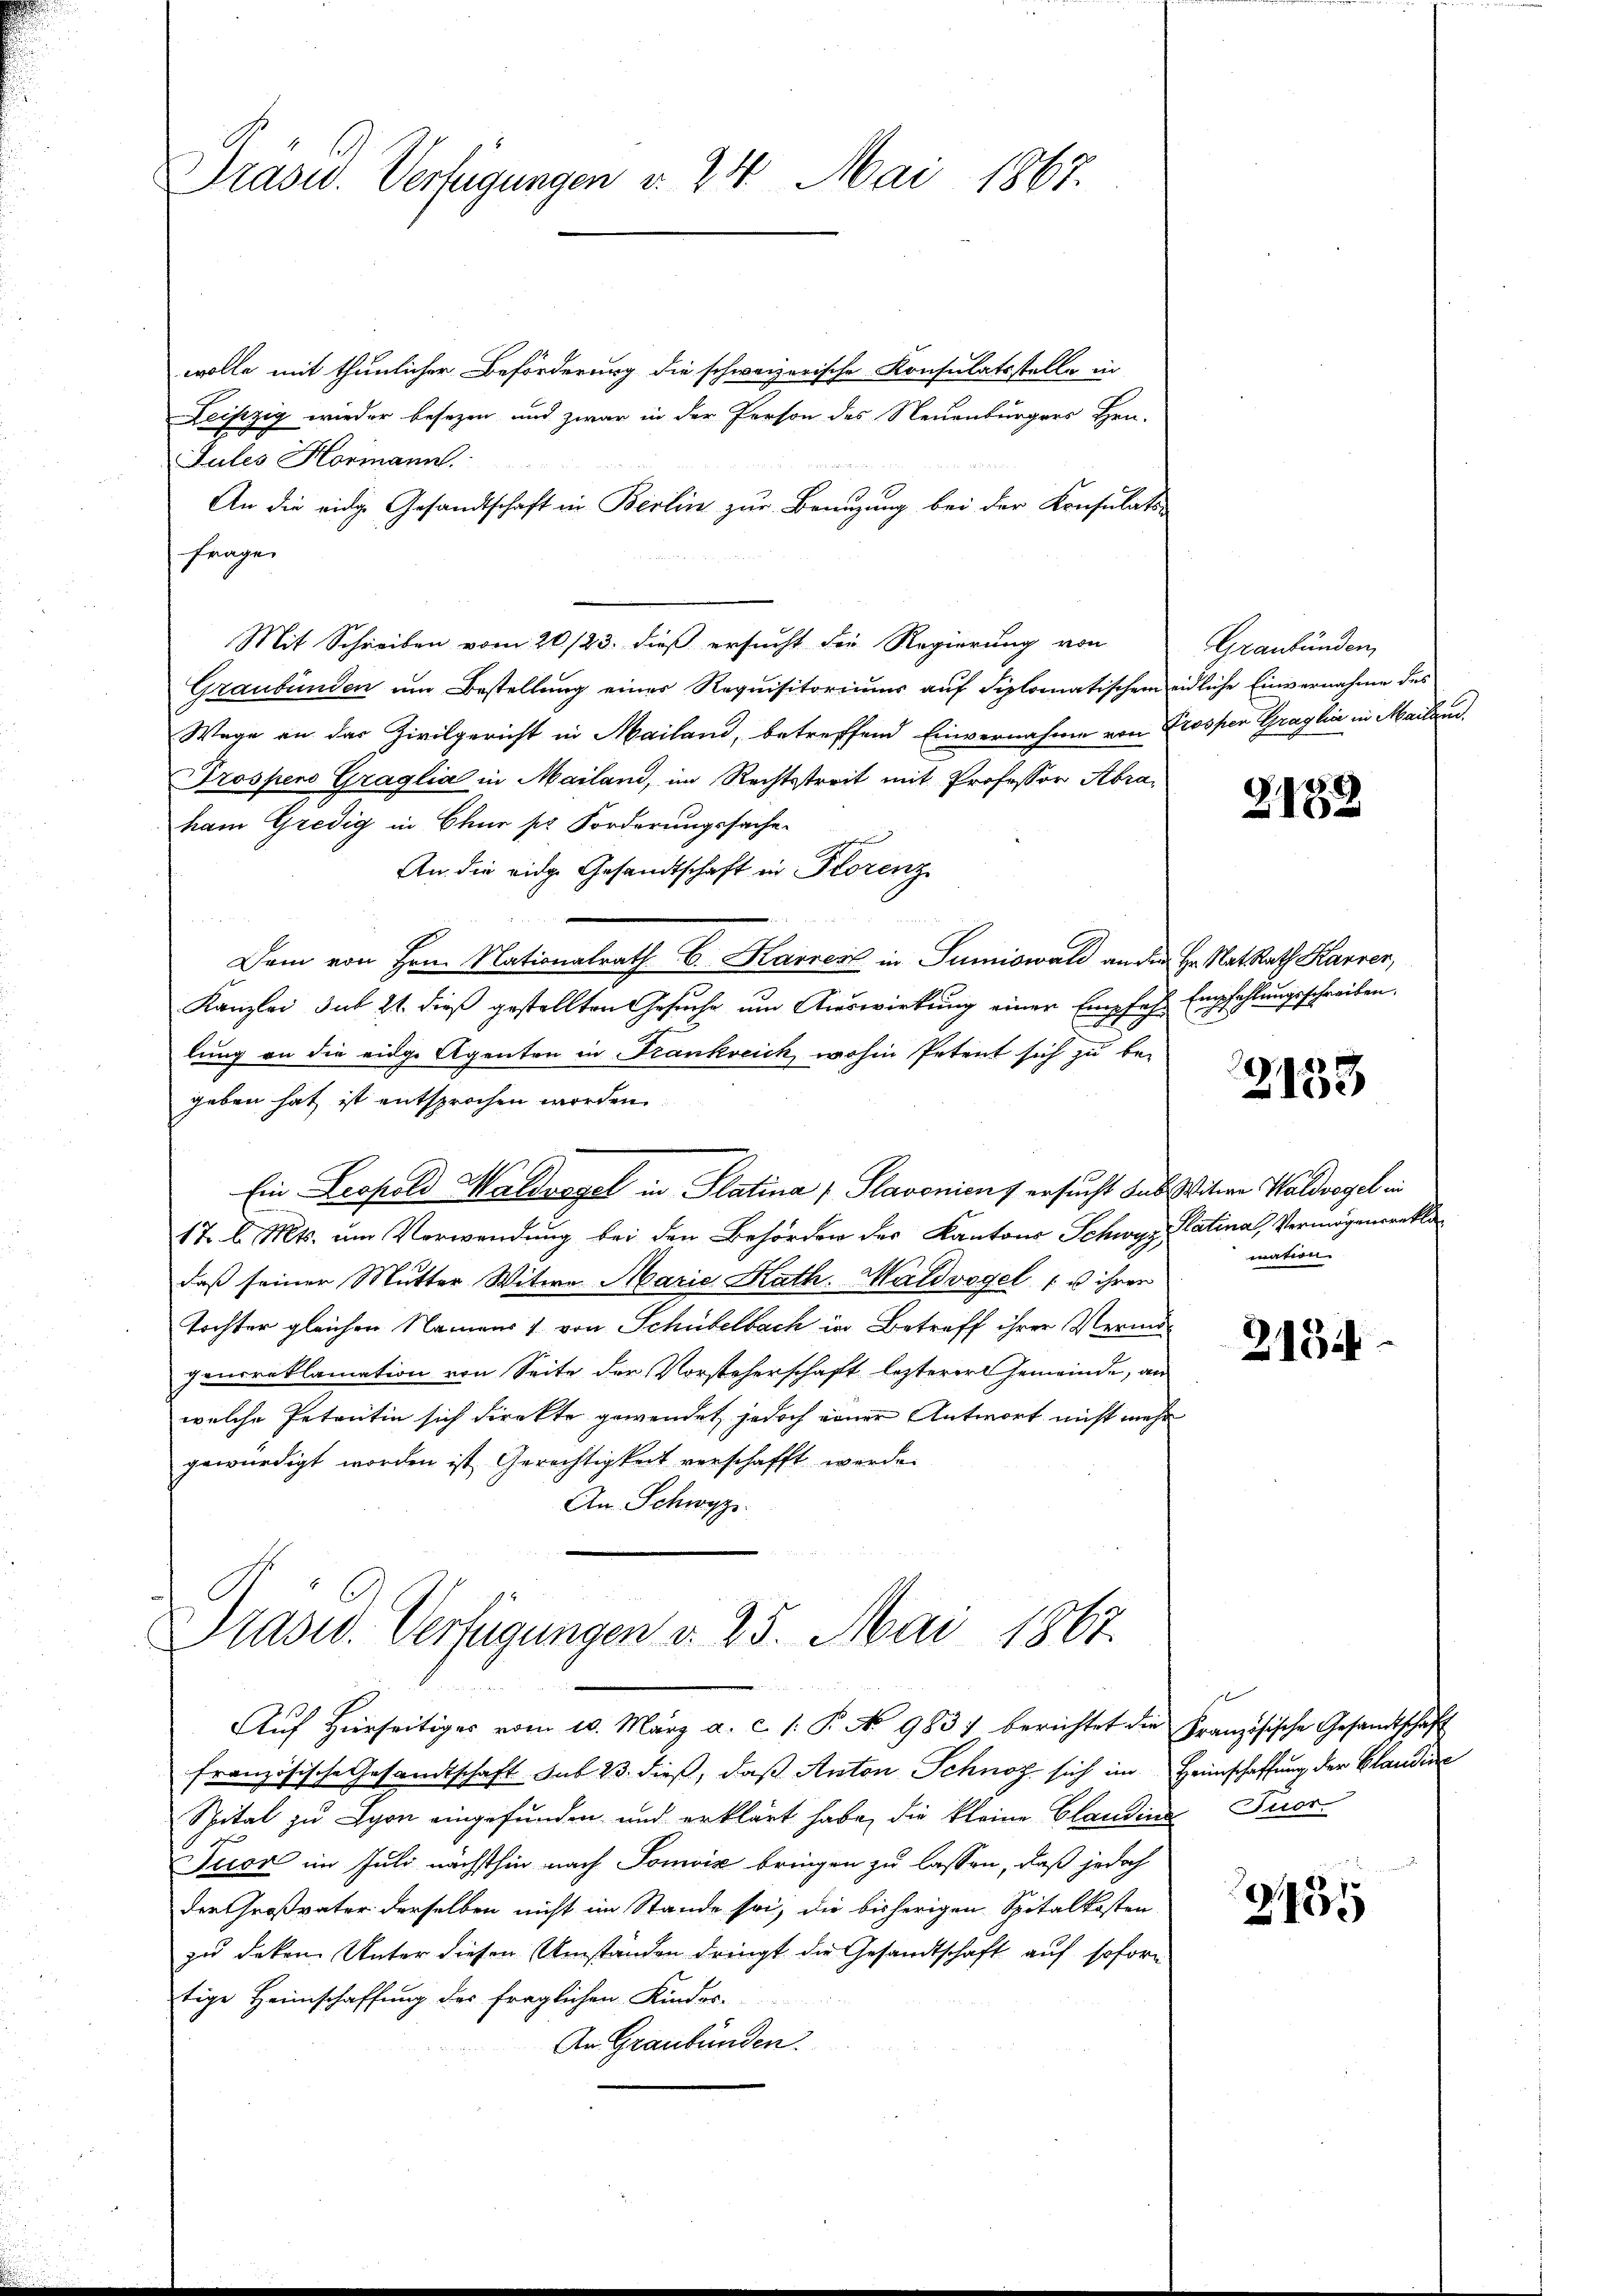
wolle mit thunlicher Beförderung die schweizerische Konsulatsstelle in
Leipzig wieder besezen und zwar in der Person des Neuenburgers Hrn.
Jules Hormann.
An die eidge Gesandtschaft in Berlin zur Benuzung bei der Konsulats-
fragen
Mit Schreiben vom 20./23. dieß ersucht die Regierung von
Graubünden um Bestellung einer Requisitoriums auf diplomatischem eidliche Einvernahme des
Wage an das Zivilgericht in Mailand, betreffend Einvernahme von Prosper Graglia in Mailan
Prospens Graglia in Mailand, im Rechtstreit mit Professor Abraham Gredig in Chur so Forderungssachen
An die eidg. Gesandtschaft in Florenz
Dam von Hrn. Nationalrath C. Karrenz in Sumiswald anden Hr. Ratsrath Harrer,
Kanzlei sub 21. dieß gestellten Gesuche um Auswirkung einer Empfehl Empfehlungsschreiben.
lung an die eidge Agenten in Frankreick, wohin Petent sich zu be-
geben hat ist entsprochen worden.
Ein Leopold Waldvogel in Platina ( Slavonien 7 ersucht das Witwe Waldvogel in
17. d. Mts. um Verwendung bei den Behörden des Kantons Schwyz Platinal Vermögensrekla
daß seiner Mutter Witwe Marie Kath. Waldvogel 1 u ihrer
Tochter gleichen Namens & von Schübelbach in Betreff ihrer Vermögenoreklamation von Seite der Vorsteherschaft lezterer Gemeinde, an
welche Petentin sich direkte gewendet, jedoch einer Antwort nicht mehr
gewürdigt worden ist, Gerichtigkeit verschafft werde.
An Schwyz.
Prasid. Verfügungen d. 25. Mai 1867.
1
Auf Hierseitiges vom 10. März a. c. s. P. No 983) berichtet die Französische Gesandtschaft
französische Gesandtschaft sub. 23. dieß, daß Anton Schnoz sich im Heimschaffung der Claudine
Spital zu Lyon eingefunden, und erklärt habe, die kleine Claudina Tuor¬
Tuor im Juli nächsthin nach Tomvis bringen zu lassen, daß jedoch
der Großvater derselben nicht im Stande sei, die bisherigen Spitalkosten
zu deken Unter diesen Umständen dringt die Gesandtschaft auf soforn
tige Heimschaffung des fraglichen Kindes
An Graubünden.

Prasw. Verfügungen v. 24. Mai 1867.

Graubünden

2138

2153

mation

2134

235